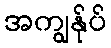
အကျွန်ုပ်